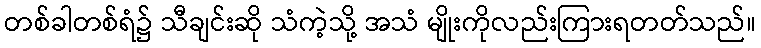
တစ်ခါတစ်ရံ၌ သီချင်းဆို သံကဲ့သို့ အသံ မျိုးကိုလည်းကြားရတတ်သည်။